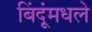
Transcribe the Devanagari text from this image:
बिंदूंमधले